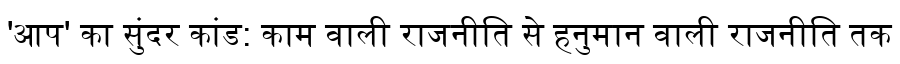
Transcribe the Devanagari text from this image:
'आप' का सुंदर कांड: काम वाली राजनीति से हनुमान वाली राजनीति तक